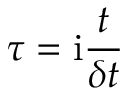
\tau = \mathrm i \frac { t } { \delta t }